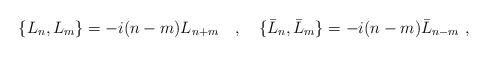
LaTeX: \begin{align*}\{L_n,L_m\}=-i(n-m)L_{n+m}\ \ \ ,\ \ \ \{\bar{L}_n,\bar{L}_m\}=-i(n-m)\bar{L}_{n-m}\ ,\end{align*}